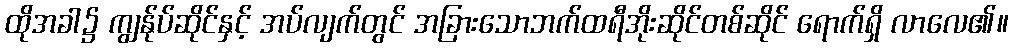
ထိုအခါ၌ ကျွန်ုပ်ဆိုင်နှင့် အပ်လျက်တွင် အခြားသောဘက်ထရီအိုးဆိုင်တစ်ဆိုင် ရောက်ရှိ လာလေ၏။